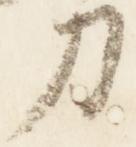
刀